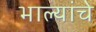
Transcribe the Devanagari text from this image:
भाल्यांचे